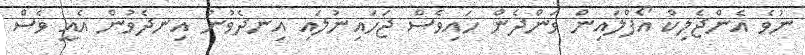
ނުވެ އެންޖެލިކް އޯފްލައިން ވަންދެން ހައިވެސް ޖަހައިނުލައި އިނދެވުނު އިނދެވުން އެއީ ވެސް